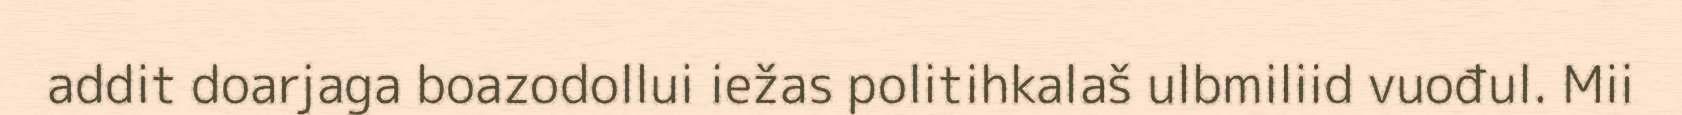
addit doarjaga boazodollui iežas politihkalaš ulbmiliid vuođul. Mii